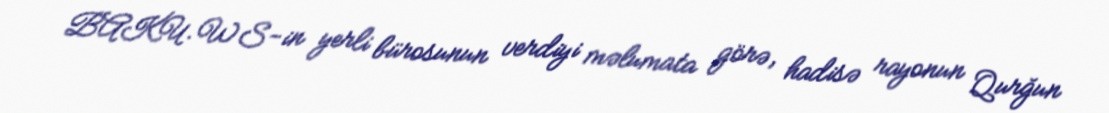
BAKU.WS-in yerli bürosunun verdiyi məlumata görə, hadisə rayonun Qurğun